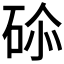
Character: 𥒨